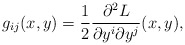
\begin{align*}g_{ij}(x,y)=\frac{1}{2}\frac{\partial^2 L}{\partial y^i \partial y^j}(x,y),\end{align*}